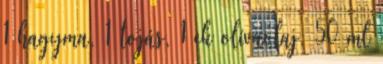
1 hagyma, 1 tojás, 1 ek olívaolaj, 50 ml